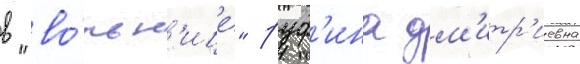
в "во́льн'ице" руф'ина дм'итр'иевна